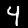
Digit: 4